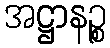
အဋ္ဌာနဉ္စ